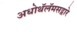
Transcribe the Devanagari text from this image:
अधोथॅलॅमसद्वारे